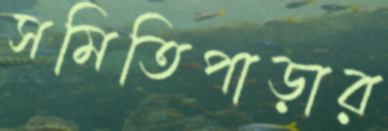
সমিতিপাড়ার